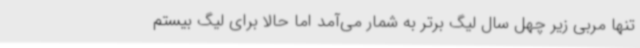
تنها مربی زیر چهل سال لیگ برتر به شمار می‌آمد اما حالا برای لیگ بیستم